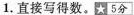
1. 直接写得数。☆5分